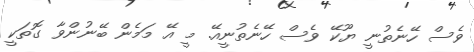
ވެސް ހޭނެތުނީ ޔޫކޭ ވެސް ހޭނެތުނީއޭ. މީ އޭ މަމެން ބޭނުންވާ ގޮތަކީ